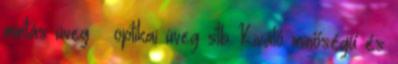
mintás üveg optikai üveg stb Kiváló minőségű és